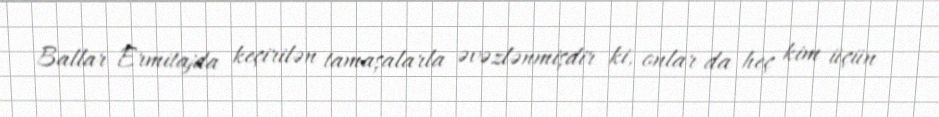
Ballar Ermitajda keçirilən tamaşalarla əvəzlənmişdir ki, onlar da heç kim üçün